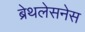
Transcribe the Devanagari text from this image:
ब्रेथलेसनेस